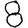
Digit: 8